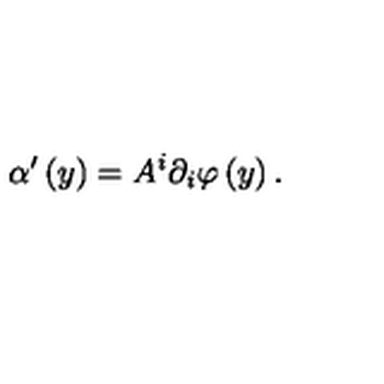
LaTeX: \alpha ^ { \prime } \left( y \right) = A ^ { i } \partial _ { i } \varphi \left( y \right) .